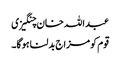
عبداللہ خان چنگیزی
قوم کومزاج بدلنا ہوگا۔